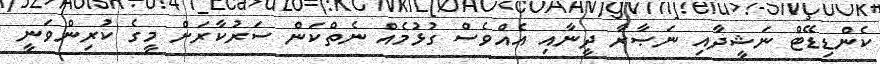
ކެންޑިޑޭޓް ނަޝީދާއި ނަޞާރާ ދީނާއި އެއްވެސް ގުޅުމެއް ނެތްކަން ސަރުކާރަށް މީގެ ކުރިންވަނީ